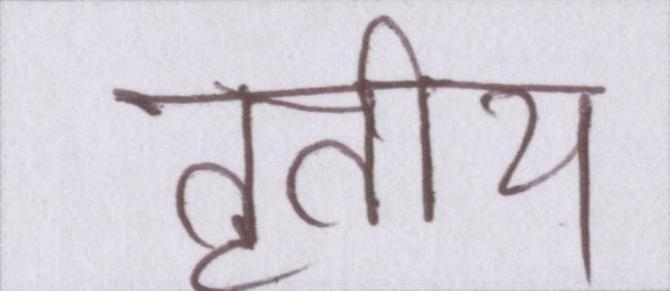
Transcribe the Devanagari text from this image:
तृतीय